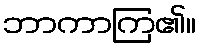
ဘာကာကြ၏။